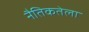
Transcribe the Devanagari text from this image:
नैतिकतेला